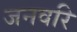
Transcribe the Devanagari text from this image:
जनवरि